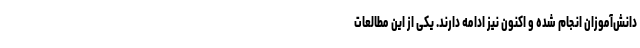
دانش‌آموزان انجام شده و اکنون نیز ادامه دارند. یکی از این مطالعات